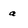
Character: a